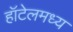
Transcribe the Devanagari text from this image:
हॉटेलमध्य